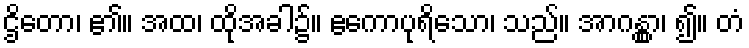
ဌိတော၊ ၏။ အထ၊ ထိုအခါ၌။ ဧကောပုရိသော၊ သည်။ အာဂန္တွာ၊ ၍။ တံ